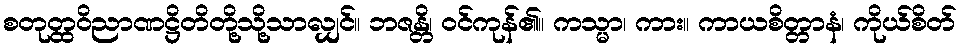
စတုတ္ထဝိညာဏဋ္ဌိတိတို့သို့သာလျှင်။ ဘဇန္တိ၊ ဝင်ကုန်၏။ ကသ္မာ၊ ကား။ ကာယစိတ္တာနံ၊ ကိုယ်စိတ်